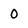
Character: O